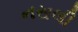
નસલી